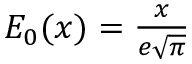
\textstyle E _ { 0 } ( x ) = { \frac { x } { e { \sqrt { \pi } } } }